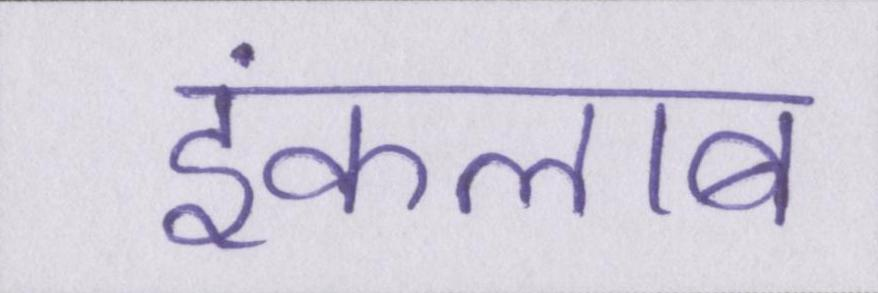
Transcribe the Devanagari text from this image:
इंकलाब